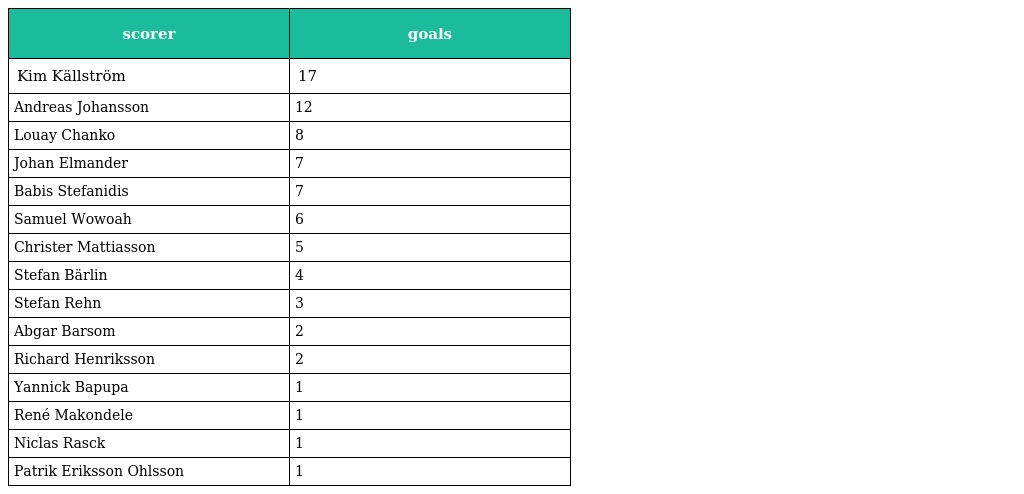
| scorer | goals |
 | --- | --- |
 | Kim Källström | 17 |
 | Andreas Johansson | 12 |
 | Louay Chanko | 8 |
 | Johan Elmander | 7 |
 | Babis Stefanidis | 7 |
 | Samuel Wowoah | 6 |
 | Christer Mattiasson | 5 |
 | Stefan Bärlin | 4 |
 | Stefan Rehn | 3 |
 | Abgar Barsom | 2 |
 | Richard Henriksson | 2 |
 | Yannick Bapupa | 1 |
 | René Makondele | 1 |
 | Niclas Rasck | 1 |
 | Patrik Eriksson Ohlsson | 1 |